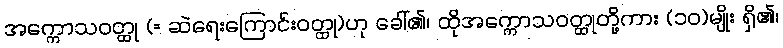
အက္ကောသဝတ္ထု (= ဆဲရေးကြောင်းဝတ္ထု)ဟု ခေါ်၏၊ ထိုအက္ကောသဝတ္ထုတို့ကား (၁၀)မျိုး ရှိ၏၊